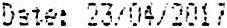
DATE: 23/04/2017